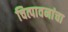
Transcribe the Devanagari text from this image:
चित्पावनांचा